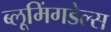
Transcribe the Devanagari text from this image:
ब्लूमिंगडेल्स